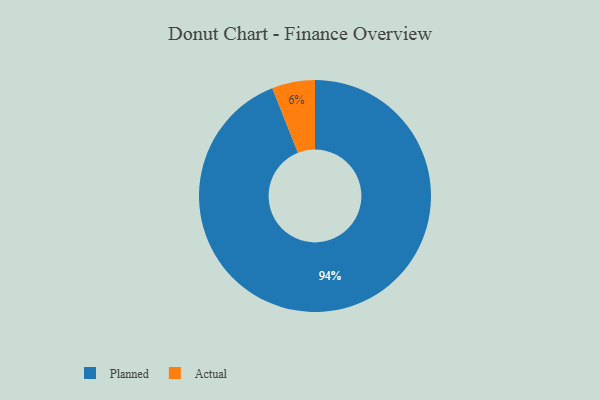
{"axis": {"x": "Category", "y": "Percentage"}, "legend": ["Actual", "Planned"], "data": [{"x": "Planned", "y": 94, "type": "Planned"}, {"x": "Actual", "y": 6, "type": "Actual"}]}